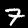
Label: 7